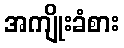
အကျိုးခံစား